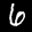
Label: 6